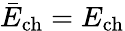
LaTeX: \bar{E}_{\mathrm{ch}}=E_{\mathrm{ch}}